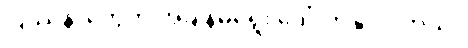
ပြဿနာတွေက အချိန်မရွေး ပေါ်လာနိုင်ပါတယ်။